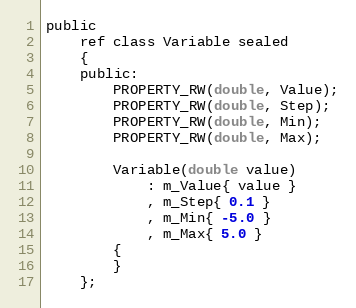
Language: C
public
    ref class Variable sealed
    {
    public:
        PROPERTY_RW(double, Value);
        PROPERTY_RW(double, Step);
        PROPERTY_RW(double, Min);
        PROPERTY_RW(double, Max);

        Variable(double value)
            : m_Value{ value }
            , m_Step{ 0.1 }
            , m_Min{ -5.0 }
            , m_Max{ 5.0 }
        {
        }
    };